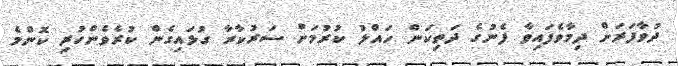
ދުވާފަރަށް ދިމާވެފައިވާ ފެނުގެ ދަތިކަން ހައްލު ކުރުމަށް ސަރުކާރާ ގުޅައިގެން ކުރެވެންހުރި ކޮންމެ